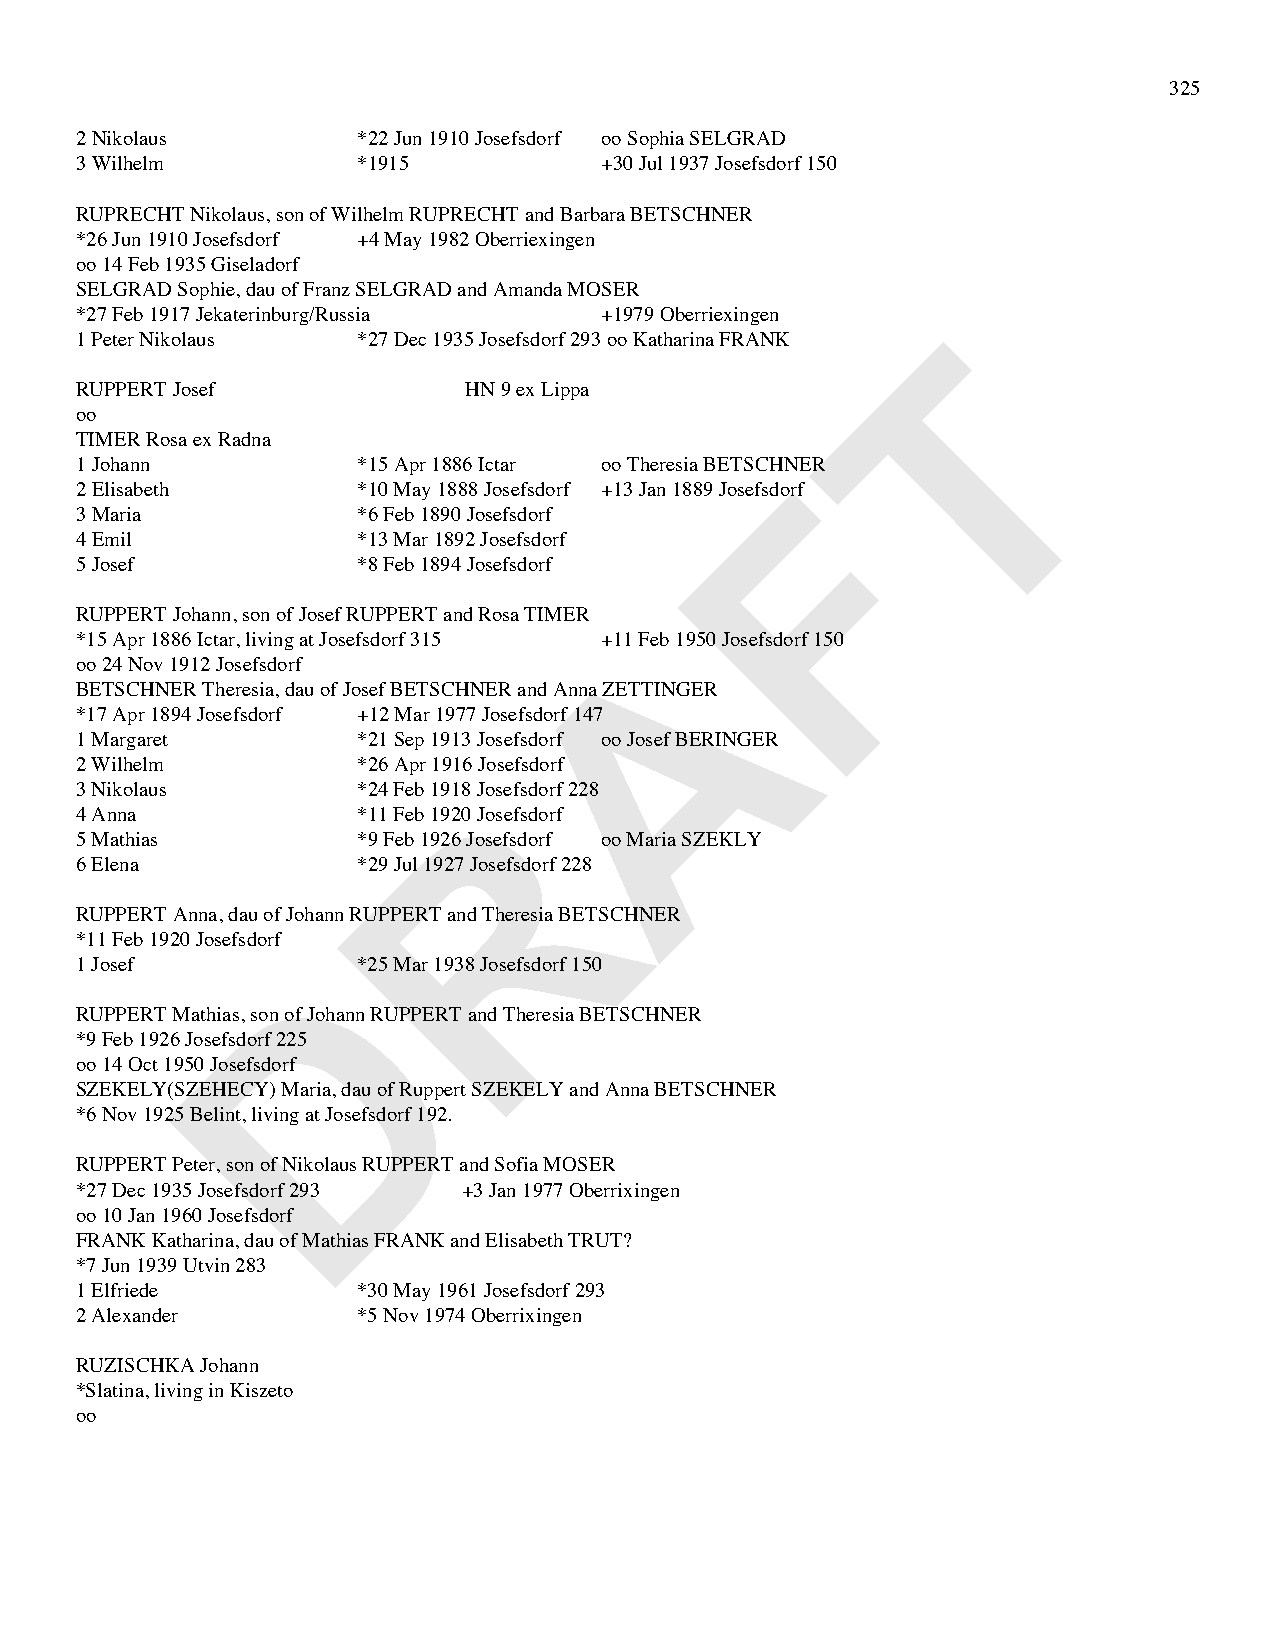
325
 2 Nikolaus         *22 Jun 1910 Josefsdorf oo Sophia SELGRAD
 3 Wilhelm          *1915           +30 Jul 1937 Josefsdorf 150
 RUPRECHT Nikolaus, son of Wilhelm RUPRECHT and Barbara BETSCHNER
 *26 Jun 1910 Josefsdorf +4 May 1982 Oberriexingen
 oo 14 Feb 1935 Giseladorf
 SELGRAD Sophie, dau of Franz SELGRAD and Amanda MOSER
 *27 Feb 1917 Jekaterinburg/Russia  +1979 Oberriexingen
 T
 1 Peter Nikolaus   *27 Dec 1935 Josefsdorf 293 oo Katharina FRANK
 RUPPERT Josef             HN 9 ex Lippa
 oo
 TIMER Rosa ex Radna
 1 Johann           *15 Apr 1886 Ictar oo Theresia BETSCHNFER
 2 Elisabeth        *10 May 1888 Josefsdorf +13 Jan 1889 Josefsdorf
 3 Maria            *6 Feb 1890 Josefsdorf
 4 Emil             *13 Mar 1892 Josefsdorf
 5 Josef            *8 Feb 1894 Josefsdorf
 RUPPERT Johann, son of Josef RUPPERT and Rosa TIMER A
 *15 Apr 1886 Ictar, living at Josefsdorf 315 +11 Feb 1950 Josefsdorf 150
 oo 24 Nov 1912 Josefsdorf
 BETSCHNER Theresia, dau of Josef BETSCHNER and Anna ZETTINGER
 *17 Apr 1894 Josefsdorf +12 Mar 1977 Josefsdorf 147
 1 Margaret         *21 Sep 1913 Josefsdorf oo Josef BERINGER
 2 Wilhelm          *26 Apr 1916 Josefsdorf
 R
 3 Nikolaus         *24 Feb 1918 Josefsdorf 228
 4 Anna             *11 Feb 1920 Josefsdorf
 5 Mathias          *9 Feb 1926 Josefsdorf oo Maria SZEKLY
 6 Elena            *29 Jul 1927 Josefsdorf 228
 RUPPERT Anna, dau of Johann RUPPERT and Theresia BETSCHNER
 *11 Feb 1920 Josefsdorf
 D
 1 Josef            *25 Mar 1938 Josefsdorf 150
 RUPPERT Mathias, son of Johann RUPPERT and Theresia BETSCHNER
 *9 Feb 1926 Josefsdorf 225
 oo 14 Oct 1950 Josefsdorf
 SZEKELY(SZEHECY) Maria, dau of Ruppert SZEKELY and Anna BETSCHNER
 *6 Nov 1925 Belint, living at Josefsdorf 192.
 RUPPERT Peter, son of Nikolaus RUPPERT and Sofia MOSER
 *27 Dec 1935 Josefsdorf 293 +3 Jan 1977 Oberrixingen
 oo 10 Jan 1960 Josefsdorf
 FRANK Katharina, dau of Mathias FRANK and Elisabeth TRUT?
 *7 Jun 1939 Utvin 283
 1 Elfriede         *30 May 1961 Josefsdorf 293
 2 Alexander        *5 Nov 1974 Oberrixingen
 RUZISCHKA Johann
 *Slatina, living in Kiszeto
 oo